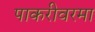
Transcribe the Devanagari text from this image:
पाकरीवरमा